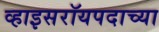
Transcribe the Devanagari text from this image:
व्हाइसरॉयपदाच्या